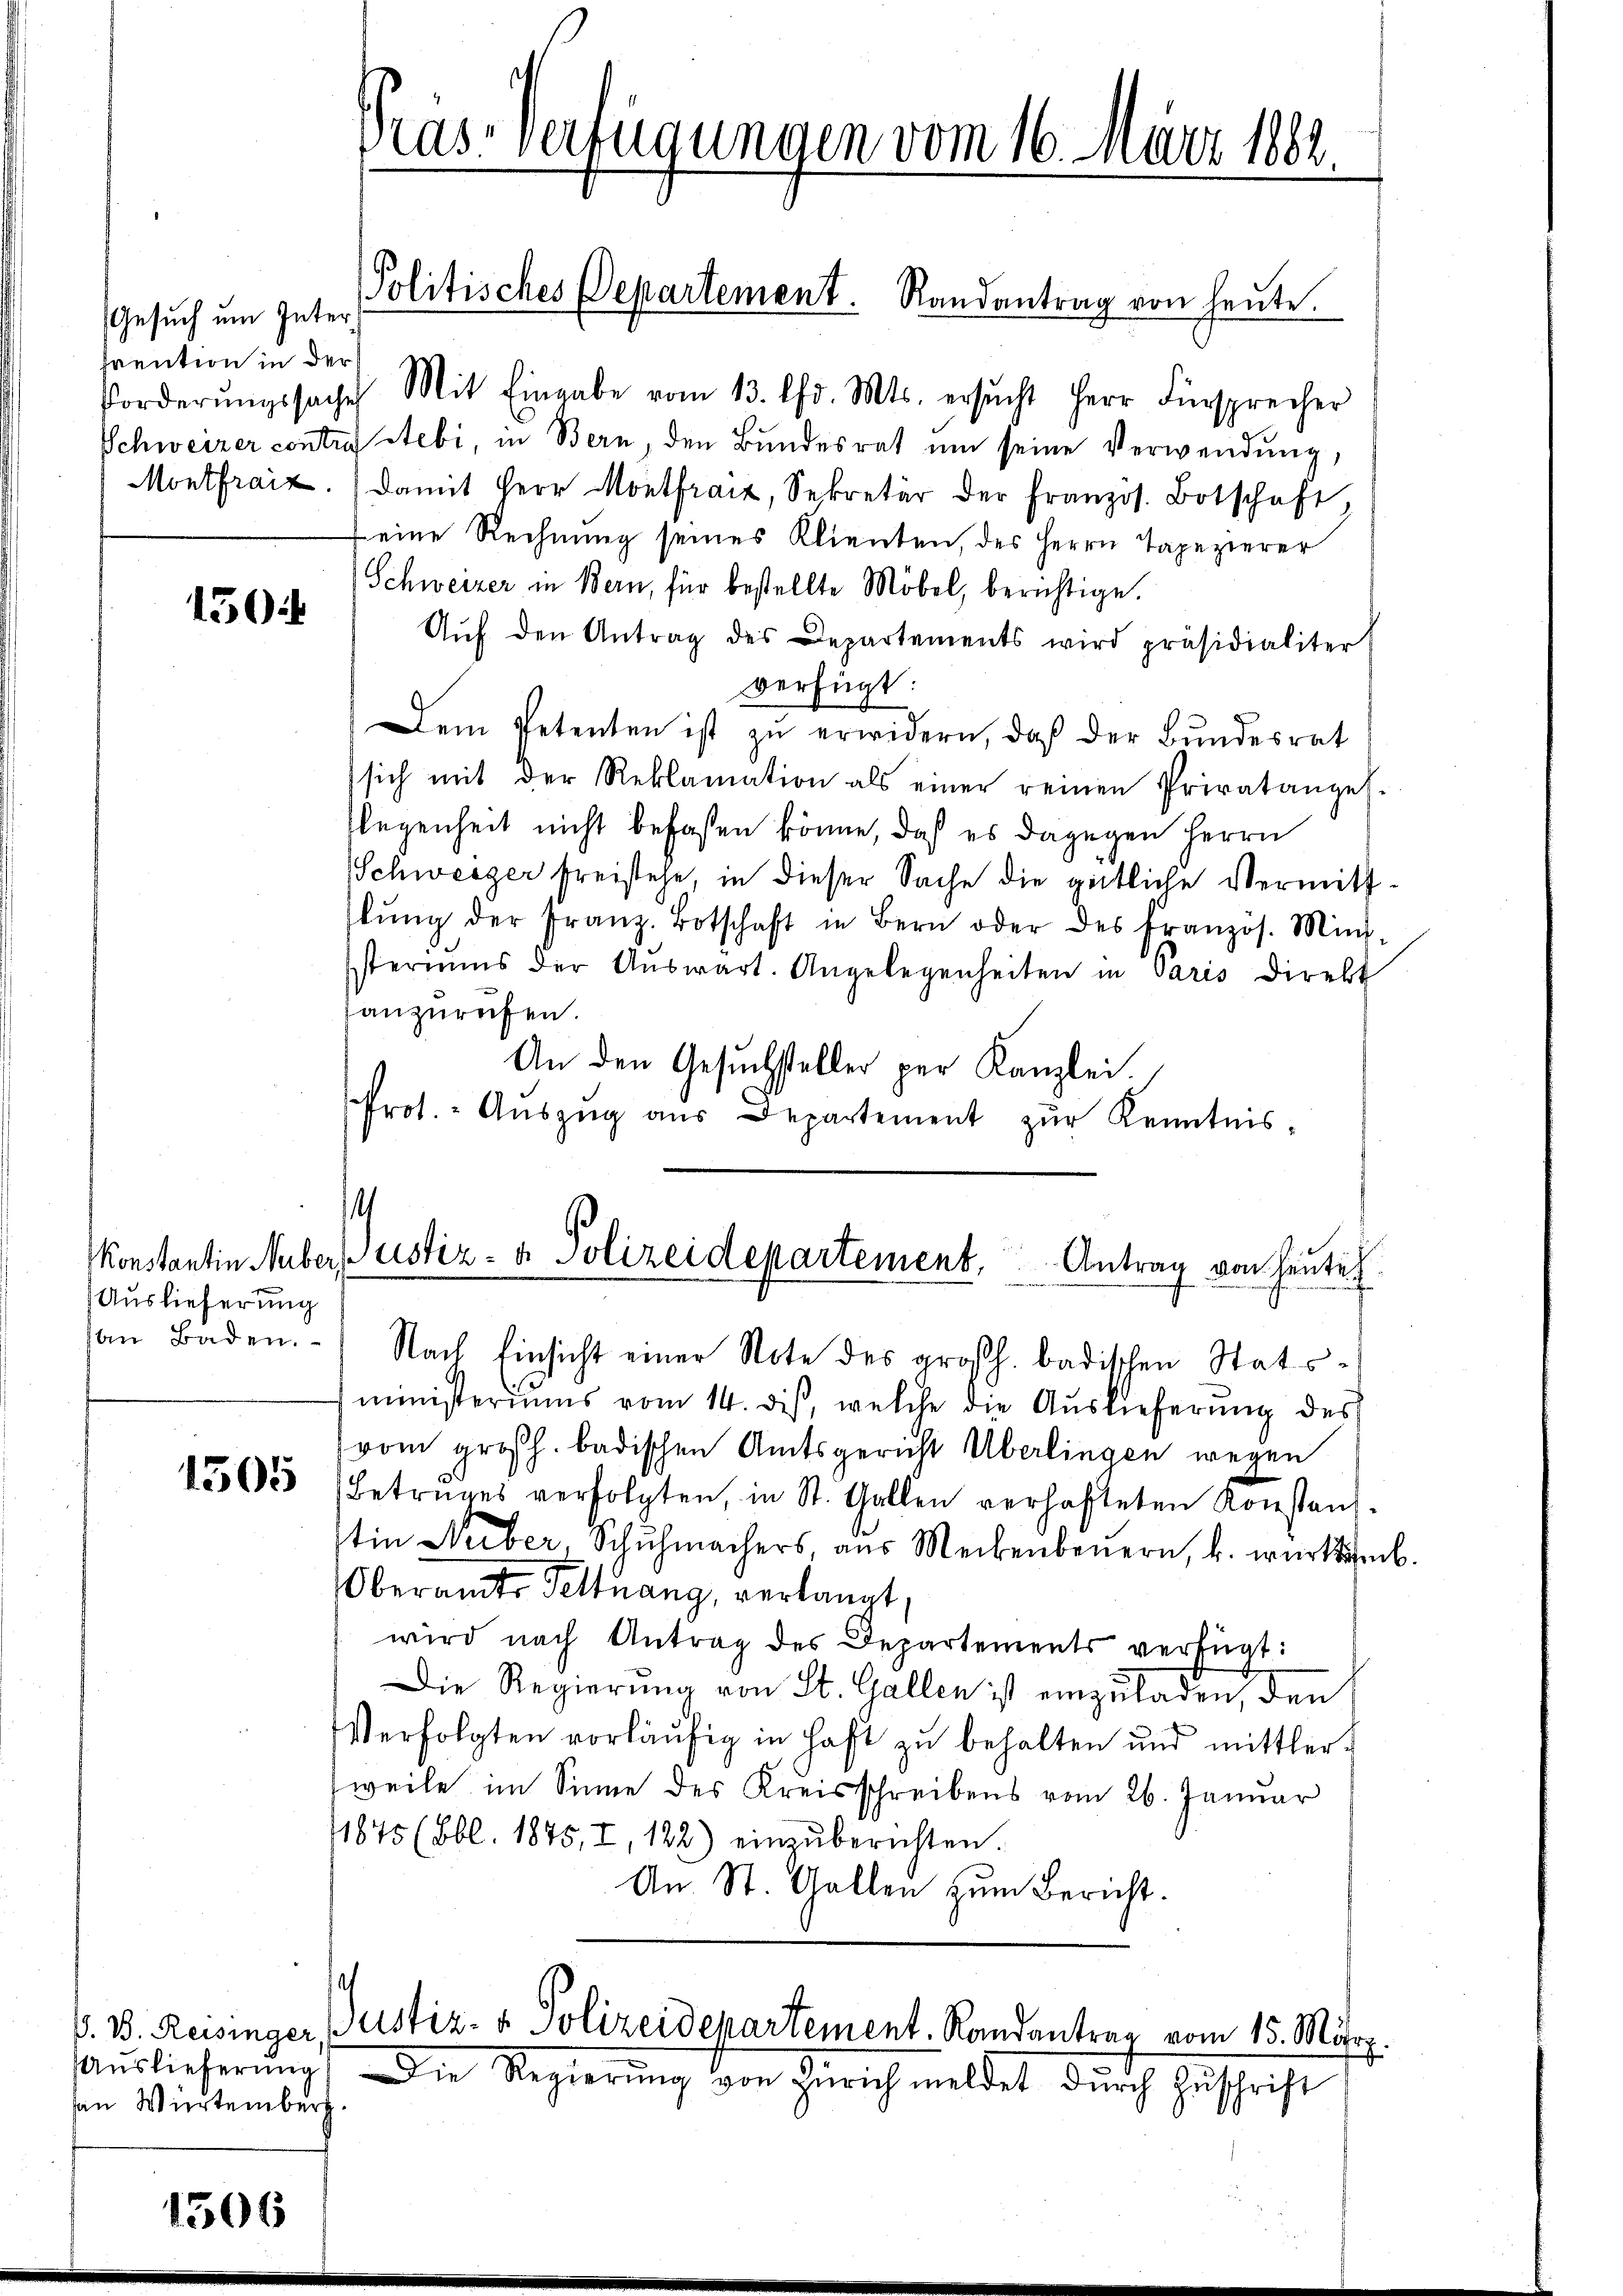
Gesuch um Inter
Prention in der

150

Auslieferung

1505

Auslieferung
von Würtemberg

1506

s

Pras-Verfügungen vom 16. März 1882
s

forderŭngssache Mit Eingabe vom 13. Chr. Mts. ersŭcht Herr Fürsprecher
Schweizer contra Stebi, in Bern, den Bundesrat um seine Verwendung,
Montrait. Damit Herr Montfranz, Sekretär der Französ. Botschaft
teine Rechnung seines Klienten, des Herrn Tapezierer
Schweizer in Bern, für bestellte Möbel, berichtige.
Aŭf den Antrag des Departements wird präsidialiter
verfügt:
Dem Petenten ist zŭ erwidern, daß der Bundesrat
sich mit der Reklamation als einer reinen Privatanges-
flegenheit nicht befaßen könne, daß es dagegen Herrn
Schweiger freistehe, in dieser Sache die gütliche Vermittlŭng der Franz-Botschaft in Bern oder des französ. Mini-
steriums der Aŭswärt. Angelegenheiten in Paris Direkt
anzurufen.
An den Gesuchsteller per Kanzlei.
Prot. - Auszug aus Departement zŭr Kenntnis-

Politisches Departement. Randantrag von heute.

.
Konstantin Huber, Justiz- & Polizeidepartement, Antrag von heute

an Baden. Nach Einsicht einer Note des großh. badischen Stats-
ministeriums vom 14. diß, welche die Auslieferung des
vom großh. badischen Amtsgericht Überlingen wegen
(Betruges verfolgten, in St. Gallen verhafteten Konstanz-
in Neber, Schŭhmachers, aus Meckenbeŭern, b. württemb.
Oberamte Geltrang, verlangt,
wird nach Antrag des Departements verfügt:
Die Regierŭng von St. Gallen ist einzŭladen, den
Verfolgten vorläufig in Haft zu behalten und mittlerweile im Sinne des Kreisschreibens vom 26. Januar
11845 (Bbl. 1845, I, 122) einzŭberichten.
An St. Gallen zŭm Bericht.

P. D. Reisinger Justiz- & Polizeidepartement. Randantrag vom 15. März.

Die Regierung von Zürich meldet durch Zuschrift